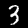
Digit: 3